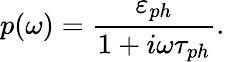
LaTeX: p(\omega)=\frac{\varepsilon_{ph}}{1+i\omega\tau_{ph}}.